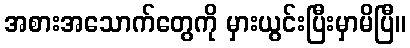
အစားအသောက်တွေကို မှားယွင်းပြီးမှာမိပြီ။